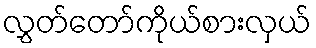
လွှတ်တော်ကိုယ်စားလှယ်